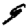
Digit: 9